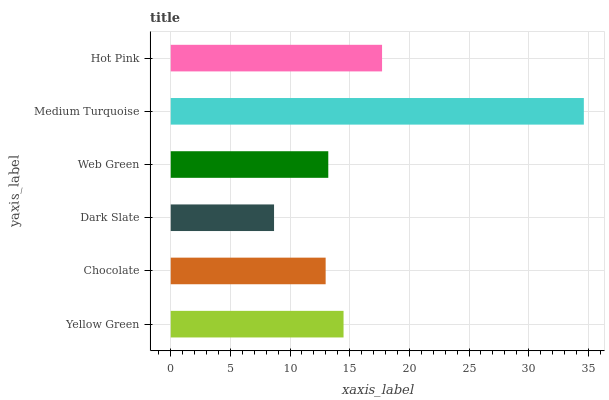
| yaxis_label | bars |
 | --- | --- |
 | Yellow Green | 14.5 |
 | Chocolate | 13 |
 | Dark Slate | 8.66 |
 | Web Green | 13.2 |
 | Medium Turquoise | 34.6 |
 | Hot Pink | 17.7 |